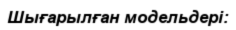
Шығарылған модельдері: